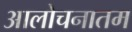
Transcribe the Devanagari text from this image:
आलोचनातम